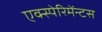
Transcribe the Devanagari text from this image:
एक्स्पेरिमेंन्टस